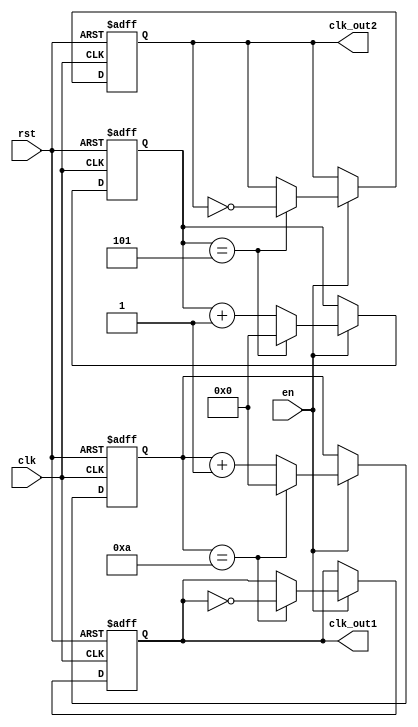
module dual_modulus_clock_divider (
    input wire clk,
    input wire rst,
    input wire en,
    output reg clk_out1,
    output reg clk_out2
    );

reg [8:0] count1;
reg [8:0] count2;

parameter MOD1 = 10; // Modulus for first divider
parameter MOD2 = 5; // Modulus for second divider

always @ (posedge clk or posedge rst)
begin
    if (rst)
    begin
        count1 <= 0;
        count2 <= 0;
        clk_out1 <= 0;
        clk_out2 <= 0;
    end
    else if (en)
    begin
        count1 <= count1 + 1;
        count2 <= count2 + 1;
        
        if (count1 == MOD1)
        begin
            clk_out1 <= ~clk_out1;
            count1 <= 0;
        end
        
        if (count2 == MOD2)
        begin
            clk_out2 <= ~clk_out2;
            count2 <= 0;
        end
    end
end

endmodule